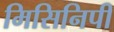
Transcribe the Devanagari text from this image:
मिसिनिपी